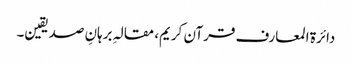
دائرة‌ المعارف قرآن کریم، مقالہِ برہانِ صدیقین۔